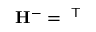
\mathbf { H } ^ { - } = \mathbf { \varphi } ^ { \mathsf { T } }